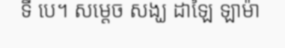
ទី បេ។ សម្តេច សង្ឃ ដាឡៃ ឡាម៉ា